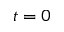
t = 0